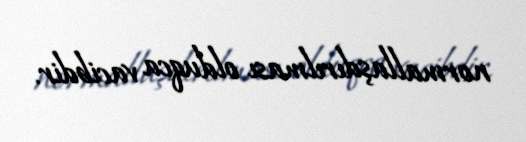
normallaşdırılması olduqca vacibdir.